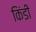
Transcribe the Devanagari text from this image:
किंडी